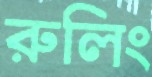
রুলিং